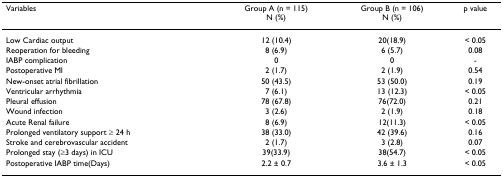
<table><thead><tr><td><b>Variables</b></td><td><b>Group A (n = 115)N (%)</b></td><td><b>Group B (n = 106)N (%)</b></td><td><b>p value</b></td></tr></thead><tbody><tr><td>Low Cardiac output</td><td>12 (10.4)</td><td>20(18.9)</td><td>&lt; 0.05</td></tr><tr><td>Reoperation for bleeding</td><td>8 (6.9)</td><td>6 (5.7)</td><td>0.08</td></tr><tr><td>IABP complication</td><td>0</td><td>0</td><td>-</td></tr><tr><td>Postoperative MI</td><td>2 (1.7)</td><td>2 (1.9)</td><td>0.54</td></tr><tr><td>New-onset atrial fibrillation</td><td>50 (43.5)</td><td>53 (50.0)</td><td>0.19</td></tr><tr><td>Ventricular arrhythmia</td><td>7 (6.1)</td><td>13 (12.3)</td><td>&lt; 0.05</td></tr><tr><td>Pleural effusion</td><td>78 (67.8)</td><td>76(72.0)</td><td>0.21</td></tr><tr><td>Wound infection</td><td>3 (2.6)</td><td>2 (1.9)</td><td>0.18</td></tr><tr><td>Acute Renal failure</td><td>8 (6.9)</td><td>12(11.3)</td><td>&lt; 0.05</td></tr><tr><td>Prolonged ventilatory support ≥ 24 h</td><td>38 (33.0)</td><td>42 (39.6)</td><td>0.16</td></tr><tr><td>Stroke and cerebrovascular accident</td><td>2 (1.7)</td><td>3 (2.8)</td><td>0.07</td></tr><tr><td>Prolonged stay (≥3 days) in ICU</td><td>39(33.9)</td><td>38(54.7)</td><td>&lt; 0.05</td></tr><tr><td>Postoperative IABP time(Days)</td><td>2.2 ± 0.7</td><td>3.6 ± 1.3</td><td>&lt; 0.05</td></tr></tbody></table>